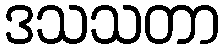
ဒသသတာ